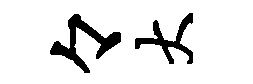
々大